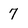
Character: 7